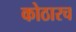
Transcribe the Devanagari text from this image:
कोठारच